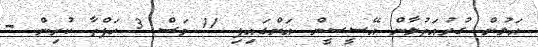
އަލުން ގުރުއަތުލާން އޭސީސީން އަންގައިފި 11 މަސް 3 ހަފްތާ ކުރިން -